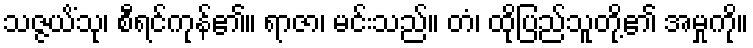
သဇ္ဇယိံသု၊ စီရင်ကုန်၏။ ရာဇာ၊ မင်းသည်။ တံ၊ ထိုပြည်သူတို့၏ အမှုကို။